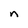
Character: n